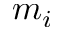
m _ { i }